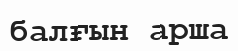
балғын арша